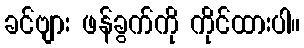
ခင်ဗျား ဖန်ခွက်ကို ကိုင်ထားပါ။